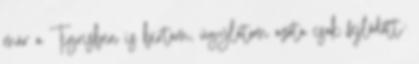
már a Tigrisben is bírtam, úgylátom azóta csak fejlődött.: